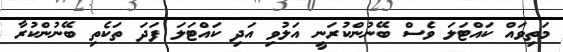
މަތިވައް ކައްޓަލަ ވެސް ބޭނުންކުރަނީ އަލުވި އަދި ކައްޓަލަ ފަދަ ތަކެތި ބޭނުންކުރާ